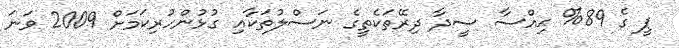
ޕީ ގެ 89% ޙިއްސާ ސީދާ ދިރޭތަކެތީގެ ނަސްލުތަކާއި ގުޅުންހުރިކަމަށް 2009 ވަނަ